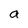
Character: a